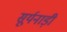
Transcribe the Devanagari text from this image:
सूर्यनाड़ी